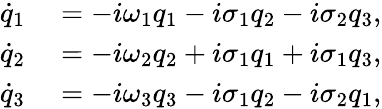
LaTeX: \begin{array}{rl}{\dot{q}_{1}}&{{}=-i\omega_{1}q_{1}-i\sigma_{1}q_{2}-i\sigma_{2}q_{3},}\\ {\dot{q}_{2}}&{{}=-i\omega_{2}q_{2}+i\sigma_{1}q_{1}+i\sigma_{1}q_{3},}\\ {\dot{q}_{3}}&{{}=-i\omega_{3}q_{3}-i\sigma_{1}q_{2}-i\sigma_{2}q_{1},}\end{array}